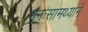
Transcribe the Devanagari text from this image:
मनःसामर्थ्याने